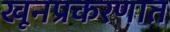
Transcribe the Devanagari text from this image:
खूनप्रकरणात